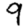
Digit: 9